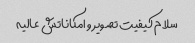
سلام کیفیت تصویر و امکاناتش عالیه